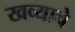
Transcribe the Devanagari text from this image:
खव्याचे